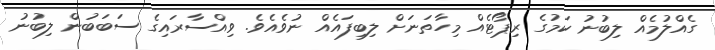
ގެއްލުމެއް ލިބުނު ކަމުގެ ރިޕޯޓެއް މިހާތަނަށް ލިބިފައެއް ނުވެއެވެ. ވިއްސާރައިގެ ސަބަބުން ލިބުނު